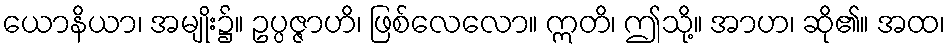
ယောနိယာ၊ အမျိုး၌။ ဥပ္ပဇ္ဇာဟိ၊ ဖြစ်လေလော။ ဣတိ၊ ဤသို့။ အာဟ၊ ဆို၏။ အထ၊